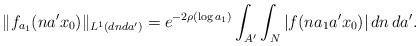
LaTeX: \begin{align*} \Vert f_{a_1}(na'x_0)\Vert_{L^1(dnda')} = e^{-2\rho(\log a_1)} \int_{A'} \int_N |f(n a_1 a' x_0)| \,dn\,da'.\end{align*}